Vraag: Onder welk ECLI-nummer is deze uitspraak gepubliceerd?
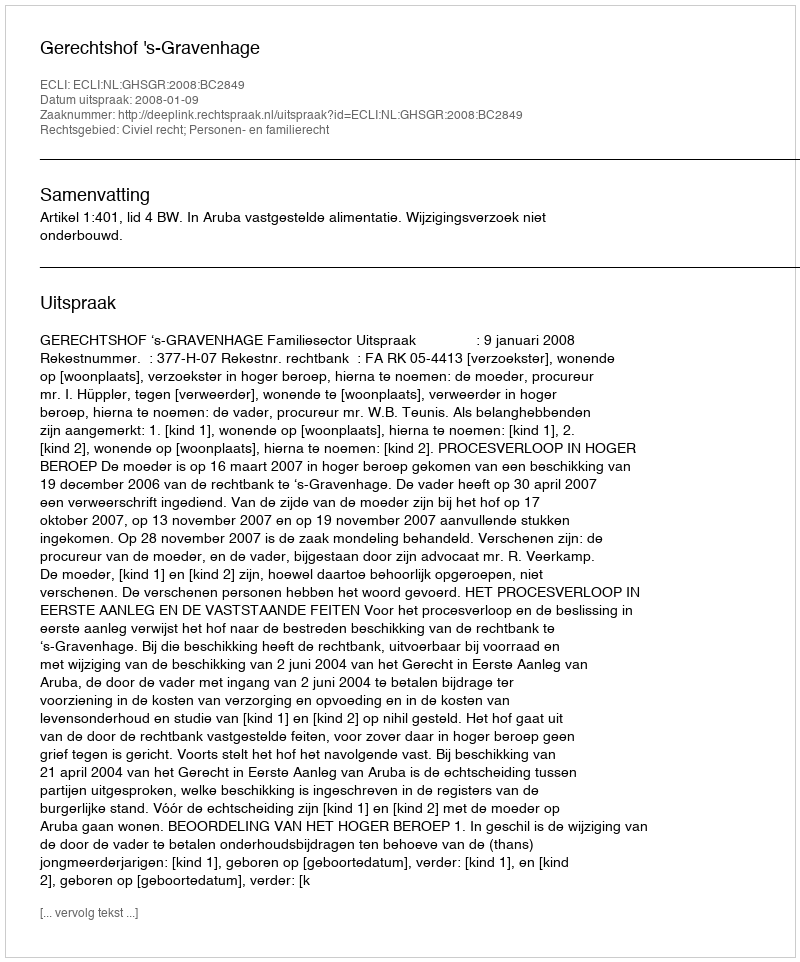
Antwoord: ECLI:NL:GHSGR:2008:BC2849